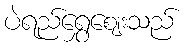
ပဲရည်ရွှေဈေးသည်